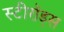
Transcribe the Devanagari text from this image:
स्टीरॉड्स